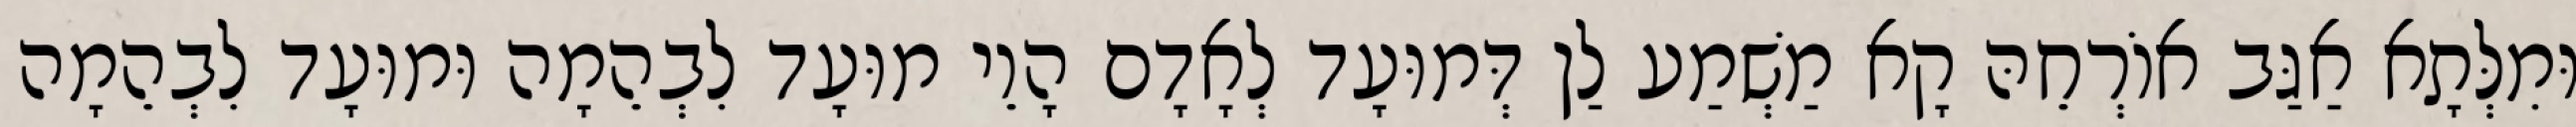
וּמִלְּתָא אַגַּב אוֹרְחֵהּ קָא מַשְׁמַע לַן דְּמוּעָד לְאָדָם הָוֵי מוּעָד לִבְהֵמָה וּמוּעָד לִבְהֵמָה